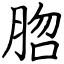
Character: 脗